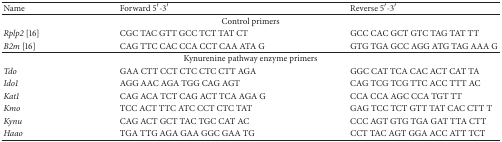
<table><thead><tr><td><b>Name</b></td><td><b>Forward 5′-3′</b></td><td><b>Reverse 5′-3′</b></td></tr></thead><tbody><tr><td colspan="3">Control primers</td></tr><tr><td><i>Rplp2</i> [16]</td><td>CGC TAC GTT GCC TCT TAT CT</td><td>GCC CAC GCT GTC TAG TAT TT</td></tr><tr><td><i>B2m</i> [16]</td><td>CAG TTC CAC CCA CCT CAA ATA G</td><td>GTG TGA GCC AGG ATG TAG AAA G</td></tr><tr><td colspan="3">Kynurenine pathway enzyme primers</td></tr><tr><td><i>Tdo</i></td><td>GAA CTT CCT CTC CTC CTT AGA</td><td>GGC CAT TCA CAC ACT CAT TA</td></tr><tr><td><i>Ido1</i></td><td>AGG AAC AGA TGG CAG AGT</td><td>CAG TCG TCG TTC ACC TTT AC</td></tr><tr><td><i>Kat1</i></td><td>CAG ACA TCT CAG ACT TCA AGA G</td><td>CCA CCA AGC CCA TGT TT</td></tr><tr><td><i>Kmo</i></td><td>TCC ACT TTC ATC CCT CTC TAT</td><td>GAG TCC TCT GTT TAT CAC CTT T</td></tr><tr><td><i>Kynu</i></td><td>CAG ACT GCT TAC TGC CAT AC</td><td>CCC AGT GTG TGA GAT TTA CTT</td></tr><tr><td><i>Haao</i></td><td>TGA TTG AGA GAA GGC GAA TG</td><td>CCT TAC AGT GGA ACC ATT TCT</td></tr></tbody></table>